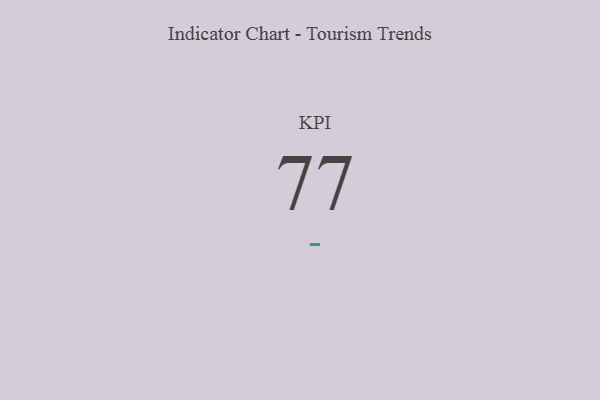
{"axis": {"x": "KPI", "y": "Value"}, "legend": [""], "data": [{"x": "KPI", "y": 77, "type": ""}]}